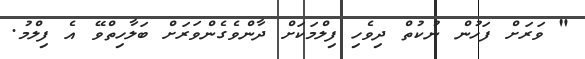
" ވަރަށް ފަހުން ނުކުތް ދިވެހި ފިލްމަކަށް ދާންވެގެންވަރަށް ބަލާހިތްވޭ އެ ފިލްމު.